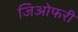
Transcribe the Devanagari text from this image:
जिओफरी